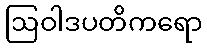
ဩဝါဒပတိကရော